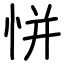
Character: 恲